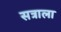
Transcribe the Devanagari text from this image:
सत्राला